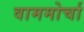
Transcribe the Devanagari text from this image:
वाममोर्चा